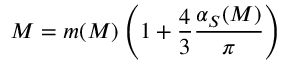
M = m ( M ) \left( 1 + \frac { 4 } { 3 } \frac { \alpha _ { S } ( M ) } { \pi } \right)